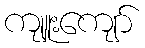
ကျူးကျော်